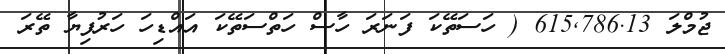
ޖުމްލަ 615